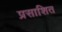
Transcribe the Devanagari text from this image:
प्रसाशित